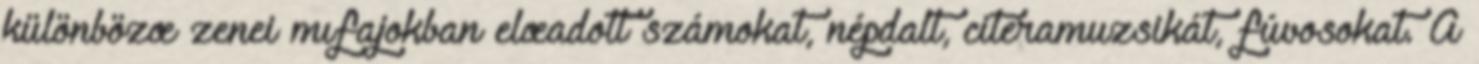
különbözœ zenei mıfajokban elœadott számokat, népdalt, citeramuzsikát, fúvosokat. A